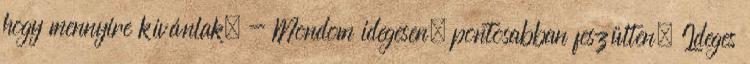
hogy mennyire kívánlak. - Mondom idegesen, pontosabban feszülten. Ideges